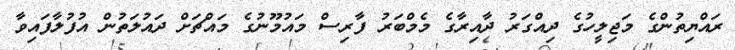
ރައްޔިތުންގެ މަޖިލީހުގެ ދިއްގަރު ދާއިރާގެ މެމްބަރު ފާރިސް މައުމޫނުގެ މައްޗަށް ދައުލަތުން އުފުލާފައިވާ